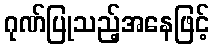
ဂုဏ်ပြုသည့်အနေဖြင့်